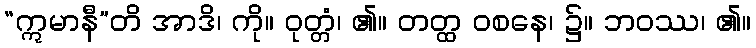
“ဣမာနီ”တိ အာဒိ၊ ကို။ ဝုတ္တံ၊ ၏။ တတ္ထ ဝစနေ၊ ၌။ ဘဝဿ၊ ၏။